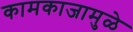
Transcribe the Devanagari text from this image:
कामकाजामुळे